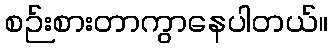
စဉ်းစားတာကွာနေပါတယ်။